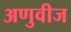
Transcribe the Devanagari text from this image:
अणुवीज